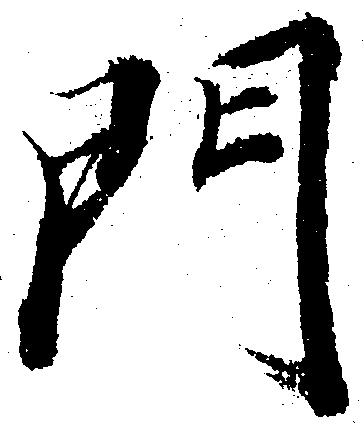
門